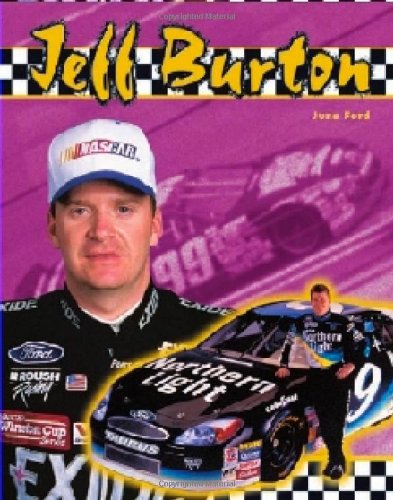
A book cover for Jeff Burton (Race Car Legends); June Ford; Teen & Young Adult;